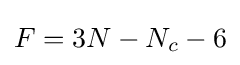
F=3N-N_{c}-6